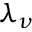
\lambda _ { \nu }